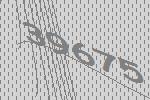
39675